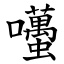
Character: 囆